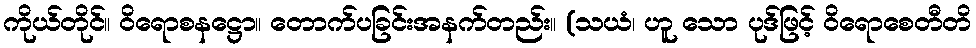
ကိုယ်တိုင်။ ဝိရောစနဋ္ဌော။ တောက်ပခြင်းအနက်တည်း။ (သယံ၊ ဟူ သော ပုဒ်ဖြင့် ဝိရောစေတီတိ